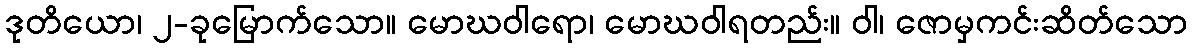
ဒုတိယော၊ ၂-ခုမြောက်သော။ မောဃဝါရော၊ မောဃဝါရတည်း။ ဝါ၊ ဇောမှကင်းဆိတ်သော